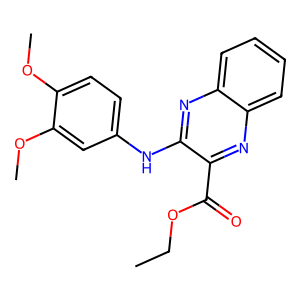
SMILES: CCOC(=O)c1nc2ccccc2nc1Nc1ccc(OC)c(OC)c1
Inhibits HIV replication: No